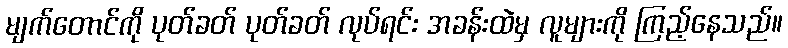
မျက်တောင်ကို ပုတ်ခတ် ပုတ်ခတ် လုပ်ရင်း အခန်းထဲမှ လူများကို ကြည့်နေသည်။